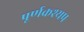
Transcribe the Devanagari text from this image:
पूर्णकश्यप